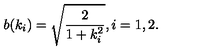
b ( k _ { i } ) = \sqrt { \frac { 2 } { 1 + k _ { i } ^ { 2 } } } , i = 1 , 2 .